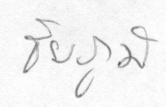
ชัยภูมิ